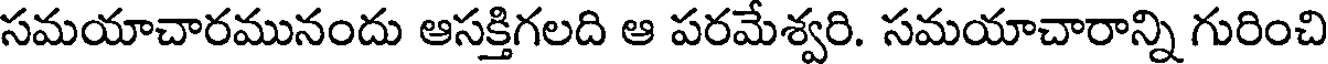
సమయాచారమునందు ఆసక్తిగలది ఆ పరమేశ్వరి. సమయాచారాన్ని గురించి